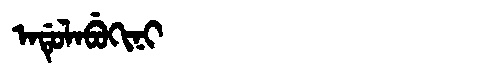
Manchu: ᠠᡩᡠᠯᠠᠪᡠᡴᡳᠨᡳ
Romanization: ADULABUKINI